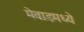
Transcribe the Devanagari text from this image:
मेवाडमध्ये